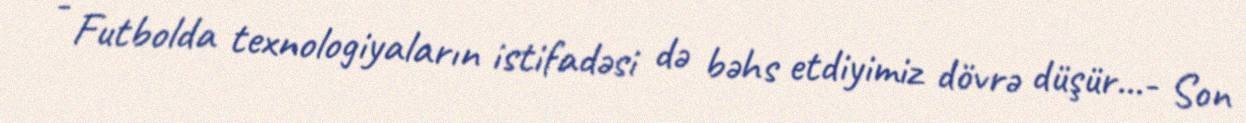
- Futbolda texnologiyaların istifadəsi də bəhs etdiyimiz dövrə düşür...- Son